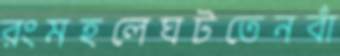
রংমহলেঘটতেনবাঁ